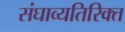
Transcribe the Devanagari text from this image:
संघाव्यतिरिक्त